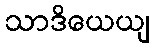
သာဒိယေယျ